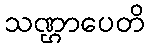
သဏ္ဌာပေတိ